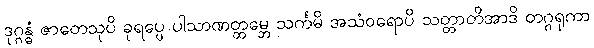
ဒုဂ္ဂန္ဓံ ဇာတေသုပိ ခုရပ္ပေ ပါသာဏတ္ထမ္ဘေ သင်္ကမိ အသံဝရောပိ သတ္တာတိအာဒိ တဂ္ဂရုကာ